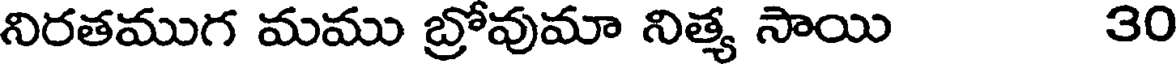
నిరతముగ మము బ్రోవుమా నిత్య సాయి 30